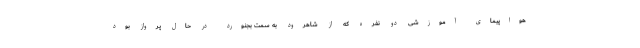
هواپیمای آموزشی دو نفره که از شاهرود به سمت بجنورد در حال پرواز بود